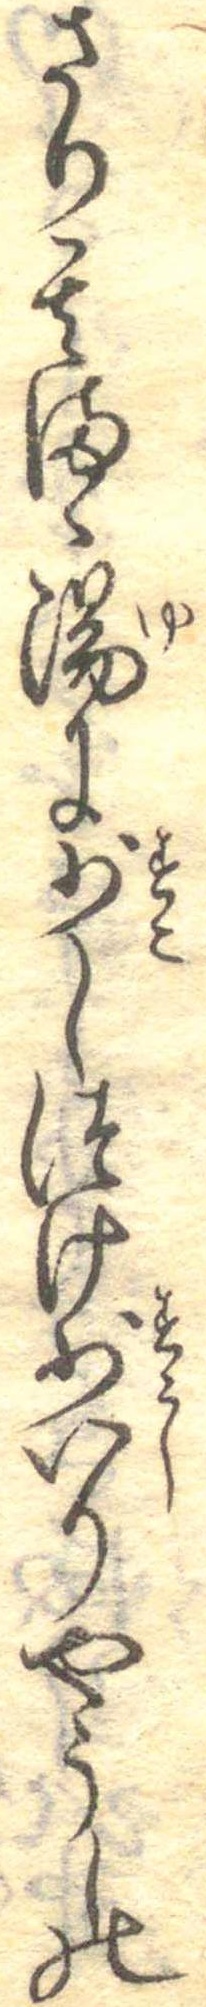
さり其まゝ湯に少しつけ少いりやうしの